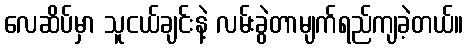
လေဆိပ်မှာ သူငယ်ချင်းနဲ့ လမ်းခွဲတာမျက်ရည်ကျခဲ့တယ်။